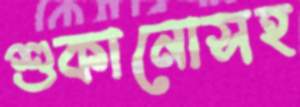
শুকানোসহ